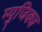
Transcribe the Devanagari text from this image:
म्युजिक्ज